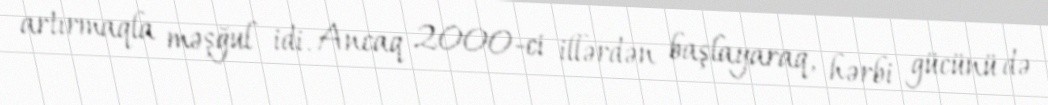
artırmaqla məşğul idi. Ancaq 2000-ci illərdən başlayaraq, hərbi gücünü də